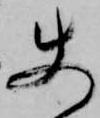
使